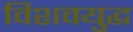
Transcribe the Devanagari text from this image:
विशवयुद्ध